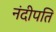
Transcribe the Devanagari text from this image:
नंदीपति